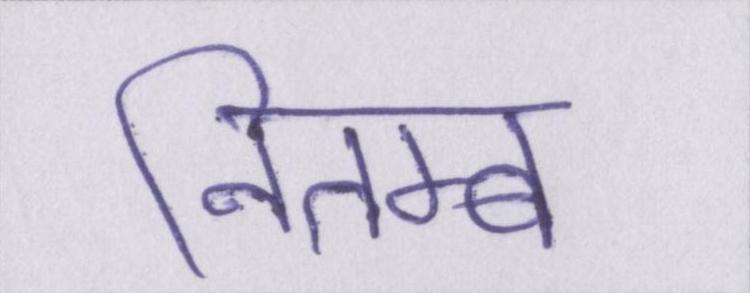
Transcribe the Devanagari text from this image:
नितम्ब